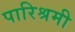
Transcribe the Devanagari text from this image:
पारिश्रमी